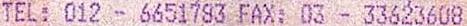
TEL: 012 - 6651783 FAX: 03 - 33623608